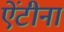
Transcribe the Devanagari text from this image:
ऐंटीना